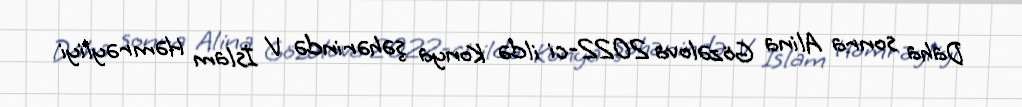
Daha sonra Alina Gözəlova 2022-ci ildə Konya şəhərində V İslam Həmrəyliyi